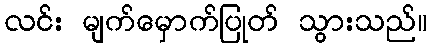
လင်း မျက်မှောက်ပြုတ် သွားသည်။